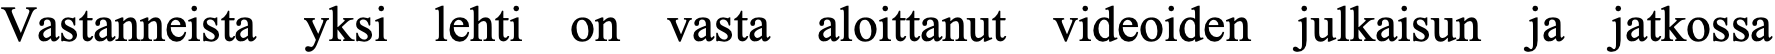
Vastanneista yksi lehti on vasta aloittanut videoiden julkaisun ja jatkossa